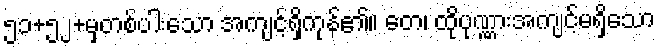
၅၁+၅၂+မှတစ်ပါးသော အကျင့်ရှိကုန်၏။ တေ၊ ထိုပုဏ္ဏားအကျင့်မရှိသော